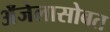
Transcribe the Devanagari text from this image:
अँजेलासोबत